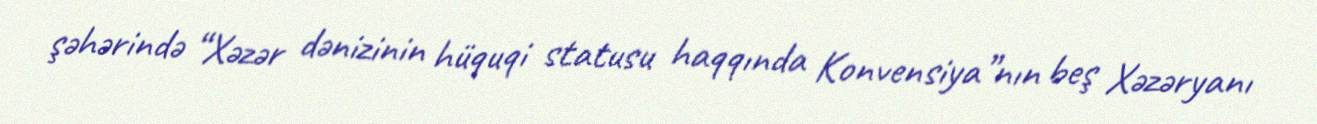
şəhərində “Xəzər dənizinin hüquqi statusu haqqında Konvensiya”nın beş Xəzəryanı